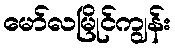
မော်လမြိုင်ကျွန်း